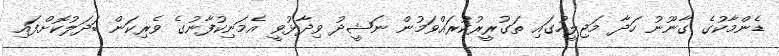
ޑެންމާކުގެ ގާނޫނު ހަދާ މަޖިލީހުގައި ތަގުރީރުކުރައްވަމުން ނަޝީދު ވިދާޅުވީ އެމަނިކުފާނުގެ ވެރިކަން ބަދަލުކޮށްފައި